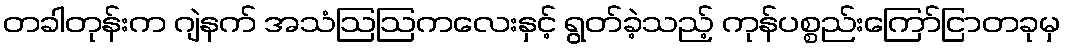
တခါတုန်းက ဂျဲနက် အသံဩဩကလေးနှင့် ရွတ်ခဲ့သည့် ကုန်ပစ္စည်းကြော်ငြာတခုမှ